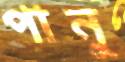
পানু